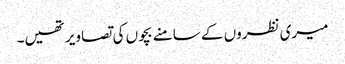
میری نظروں کے سامنے بچوں کی تصاویر تھیں۔